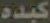
كبده